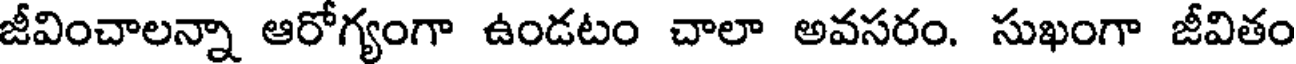
జీవించాలన్నా ఆరోగ్యంగా ఉండటం చాలా అవసరం. సుఖంగా జీవితం